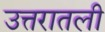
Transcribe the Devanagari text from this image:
उत्तरातली